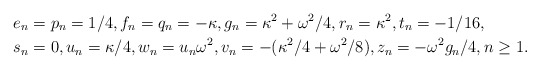
\begin{align*}&e_n=p_n= 1/4, f_n=q_n=-\kappa, g_n=\kappa^2+\omega^2/4, r_n=\kappa^2, t_n=-1/16,\\& s_n=0, u_n=\kappa/4, w_n=u_n\omega^2, v_n =-(\kappa^2/4+\omega^2/8), z_n=-\omega^2g_n/4, n \geq 1.\end{align*}